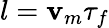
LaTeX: l=\mathbf{v}_{m}\tau_{f}